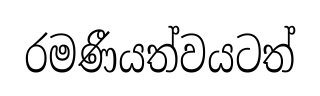
රමණීයත්වයටත්